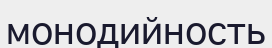
монодийность